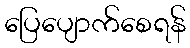
ပြေပျောက်စေရန်